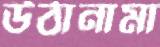
উঠানামা